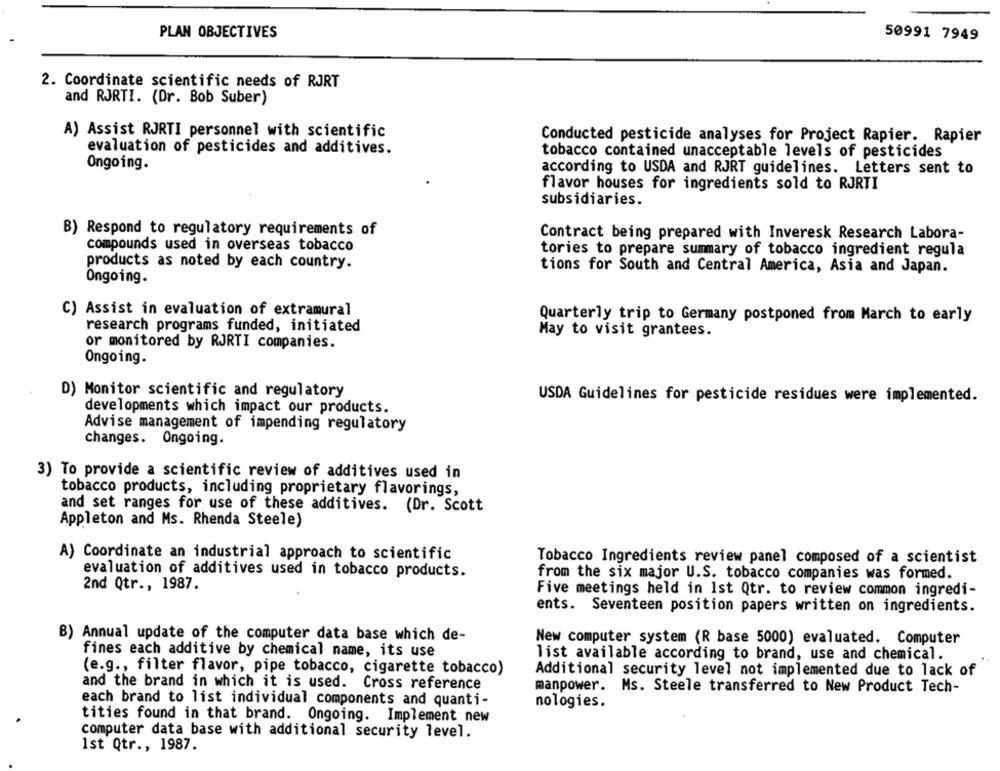
PLAN OBJECTIVES
50991 7949
2. Coordinate scientific needs of RJRT
and RJRTI. (Dr. Bob Suber)
A) Assist RJRTI personnel with scientific
Conducted pesticide analyses for Project Rapier. Rapier
evaluation of pesticides and additives.
tobacco contained unacceptable levels of pesticides
Ongoing.
according to USDA and RJRT guidelines. Letters sent to
flavor houses for ingredients sold to RJRTI
subsidiaries.
B) Respond to regulatory requirements of
Contract being prepared with Inveresk Research Labora-
compounds used in overseas tobacco
tories to prepare summary of tobacco ingredient regula
products as noted by each country.
tions for South and Central America, Asia and Japan.
Ongoing.
C) Assist in evaluation of extramural
Quarterly trip to Germany postponed from March to early
research programs funded, initiated
May to visit grantees.
or monitored by RJRTI companies.
Ongoing.
D) Monitor scientific and regulatory
USDA Guidelines for pesticide residues were implemented.
developments which impact our products.
Advise management of impending regulatory
changes. Ongoing.
3) To provide a scientific review of additives used in
tobacco products, including proprietary flavorings,
and set ranges for use of these additives. (Dr. Scott
Appleton and Ms. Rhenda Steele)
A) Coordinate an industrial approach to scientific
Tobacco Ingredients review panel composed of a scientist
evaluation of additives used in tobacco products.
from the six major U.S. tobacco companies was formed.
2nd Qtr ., 1987.
Five meetings held in 1st Qtr. to review common ingredi-
ents. Seventeen position papers written on ingredients.
B) Annual update of the computer data base which de-
New computer system (R base 5000) evaluated. Computer
fines each additive by chemical name, its use
list available according to brand, use and chemical.
(e.g ., filter flavor, pipe tobacco, cigarette tobacco)
Additional security level not implemented due to lack of
and the brand in which it is used. Cross reference
manpower. Ms. Steele transferred to New Product Tech-
each brand to list individual components and quanti-
nologies.
tities found in that brand. Ongoing. Implement new
computer data base with additional security level.
Ist Qtr ., 1987.